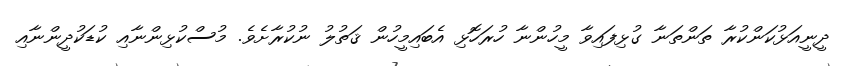
ދީނީއަޅުކަންކުރާ ތަންތަނާ ގުޅިފައިވާ މީހުންނާ ހުރަހޮޅި އެބައިމީހުން ޤަތުލު ނުކުރާށެވެ. މުސްކުޅިންނާއި ކުޑަކުދީންނާއި